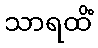
သာရထိံ